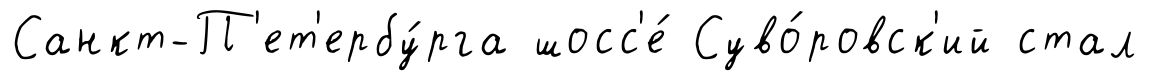
Санкт-П'ет'ербу́рга шосс'е́ Суво́ровск'ий стал